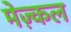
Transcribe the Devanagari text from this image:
मेज़्कल